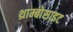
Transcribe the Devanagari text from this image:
थ्राम्बोसाइट